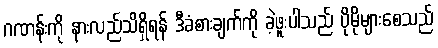
ဂဏန်းကို နားလည်သိရှိရန် ဒီခံစားချက်ကို ခဲ့ဖူးပါသည် ပိုမိုများစေသည်